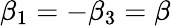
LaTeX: {\beta_{1}}=-{\beta_{3}}=\beta